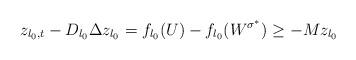
LaTeX: \begin{align*}z_{l_0,t}-D_{l_0}\Delta z_{l_0}=f_{l_0}(U)-f_{l_0}(W^{\sigma^*})\geq-M z_{l_0}\end{align*}